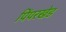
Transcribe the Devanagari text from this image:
पिंपरखेड